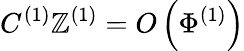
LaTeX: C^{(1)}\mathbb{Z}^{(1)}=O\left(\Phi^{(1)}\right)